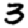
Digit: 3